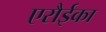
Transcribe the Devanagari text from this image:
एरौईका